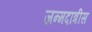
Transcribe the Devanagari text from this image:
जन्मदात्रीस